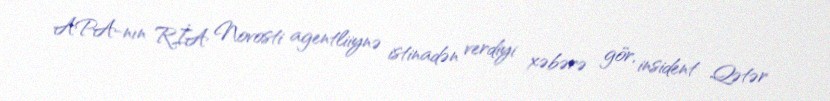
APA-nın RİA Novosti agentliiynə istinadən verdiyi xəbərə gör, insident Qətər